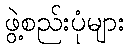
ဖွဲ့စည်းပုံများ